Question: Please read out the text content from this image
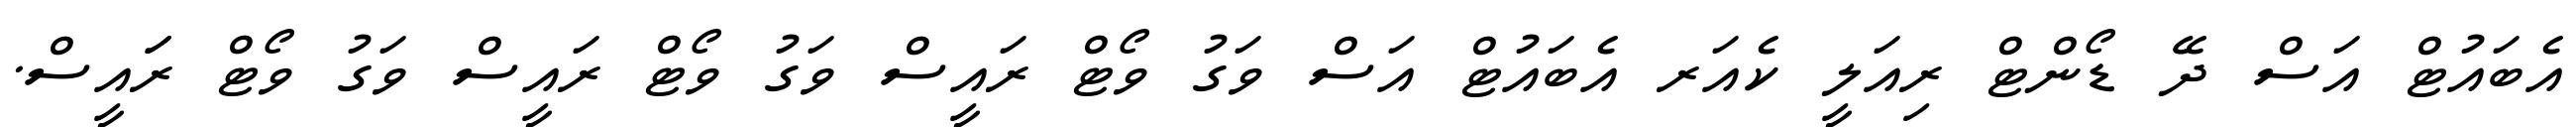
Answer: އެބައުޓް އަސް ދޭ ޑޯންޓް ރިއަލީ ކެއަރ އެބައުޓް އަސް ވަގު ވޯޓް ރައީސް ވަގު ވޯޓް ރައީސް ވަގު ވޯޓް ރަައީސް.